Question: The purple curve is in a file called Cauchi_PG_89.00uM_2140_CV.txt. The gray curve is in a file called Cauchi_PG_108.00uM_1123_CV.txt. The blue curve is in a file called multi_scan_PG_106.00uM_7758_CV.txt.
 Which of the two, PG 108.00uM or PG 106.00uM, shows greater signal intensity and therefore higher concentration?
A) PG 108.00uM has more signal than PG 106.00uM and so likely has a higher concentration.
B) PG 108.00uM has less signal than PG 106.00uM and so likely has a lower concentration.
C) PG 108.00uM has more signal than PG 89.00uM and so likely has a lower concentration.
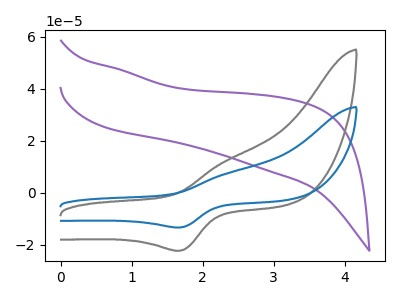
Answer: <think>The purple curve "PG 89.00uM" has no peaks. The gray curve "PG 108.00uM" has an anodic peak at (2.30V, 12.05uA) and a cathodic peak at (1.70V, -22.30uA). The blue curve "PG 106.00uM" has an anodic peak at (2.30V, 7.20uA) and a cathodic peak at (1.70V, -13.35uA).
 All the peaks in "PG 108.00uM" have a peak in "PG 106.00uM" at the same potential. Every peak in "PG 108.00uM" is higher than every peak in "PG 106.00uM".</think>
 <answer>A) "PG 108.00uM" has more signal than "PG 106.00uM" and so likely has a higher concentration.</answer>
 <eval>A</eval>